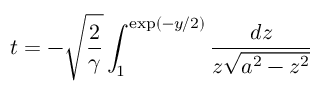
t = - \sqrt { \frac { 2 } { \gamma } } \int _ { 1 } ^ { \mathrm { e x p } ( - y / 2 ) } { \frac { d z } { z \sqrt { a ^ { 2 } - z ^ { 2 } } } }